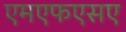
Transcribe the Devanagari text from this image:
एमएफएसए